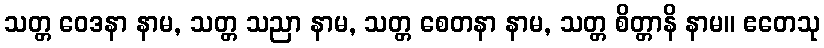
သတ္တ ဝေဒနာ နာမ, သတ္တ သညာ နာမ, သတ္တ စေတနာ နာမ, သတ္တ စိတ္တာနိ နာမ။ ဧတေသု